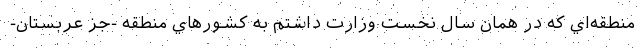
منطقه‌اي كه در همان سال نخست وزارت داشتم به كشورهاي منطقه -جز عربستان-